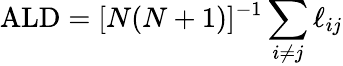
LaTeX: \mathrm{ALD}=[N(N+1)]^{-1}\sum_{i\neq j}\ell_{ij}